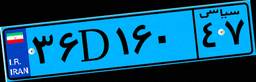
۸۲D۴۷۸۱۴